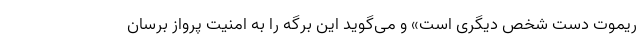
ریموت دست شخص دیگری است» و می‌گوید این برگه را به امنیت پرواز برسان